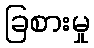
ခြစားမှု